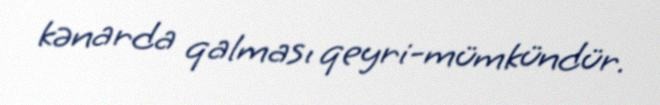
kənarda qalması qeyri-mümkündür.